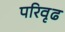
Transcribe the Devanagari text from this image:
परिवृढ